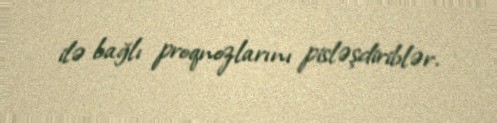
ilə bağlı proqnozlarını pisləşdiriblər.